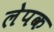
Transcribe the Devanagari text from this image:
लेपक